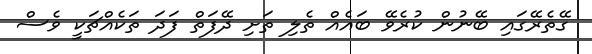
ގޭތެރޭގައި ބޭނުން ކުރެވޭ ބައެއް ތެލި ތަށި ދޭފަތް ފަދަ ތަކެއްޗަކީ ވެސް